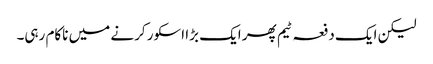
لیکن ایک دفعہ ٹیم پھر ایک بڑا اسکور کرنے میں ناکام رہی۔